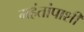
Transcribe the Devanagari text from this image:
महंतांपाशी